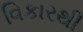
વિકારથી